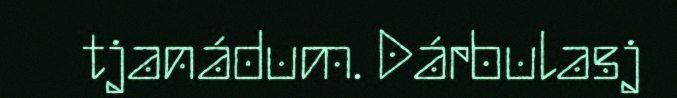
tjanádum. Dárbulasj